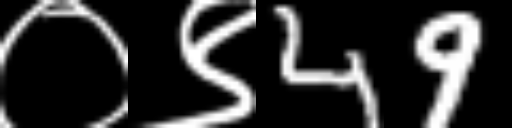
Text: ०९49